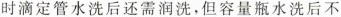
时滴定管水洗后还需润洗，但容量瓶水洗后不